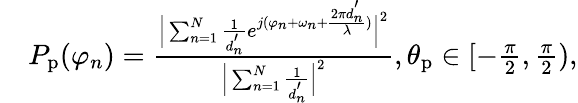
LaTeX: \begin{array}{rl}&{P_{\mathrm{p}}(\varphi_{n})=\frac{\Big|\sum_{n=1}^{N}\frac{1}{d_{n}^{'}}e^{j(\varphi_{n}+\omega_{n}+\frac{2\pi d_{n}^{'}}{\lambda})}\Big|^{2}}{\Big|\sum_{n=1}^{N}\frac{1}{d_{n}^{'}}\Big|^{2}},\theta_{\mathrm{p}}\in[-\frac{\pi}{2},\frac{\pi}{2}),}\end{array}